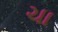
ચા